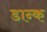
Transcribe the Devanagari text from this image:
डान्क